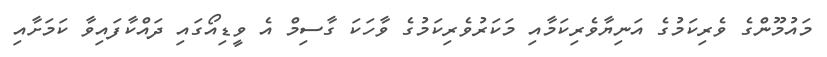
މައުމޫންގެ ވެރިކަމުގެ އަނިޔާވެރިކަމާއި މަކަރުވެރިކަމުގެ ވާހަކަ ގާސިމް އެ ވީޑިއޯގައި ދައްކާފައިވާ ކަމަށާއި